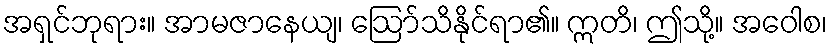
အရှင်ဘုရား။ အာမဇာနေယျ၊ ဩော်သိနိုင်ရာ၏။ ဣတိ၊ ဤသို့။ အဝေါစ၊